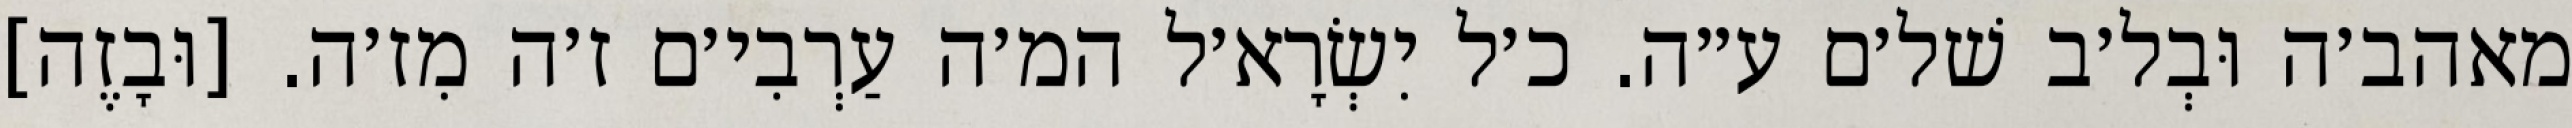
מאהב׳ה וּבְל׳ב שׁל׳ם ע״ה. כ׳ל יִשְׂרָא׳ל המ׳ה עַרְבִי׳ם ז׳ה מִז׳ה. [וּבָזֶה]